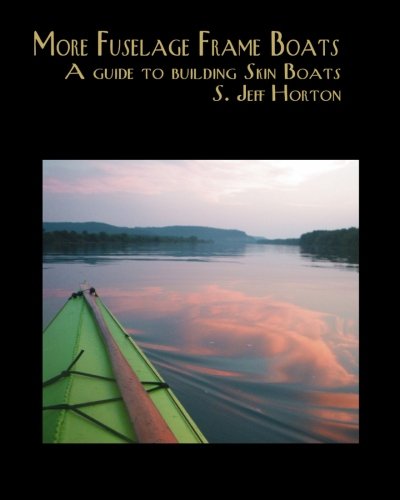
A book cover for More Fuselage Frame Boats; S. Jeff Horton; Sports & Outdoors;